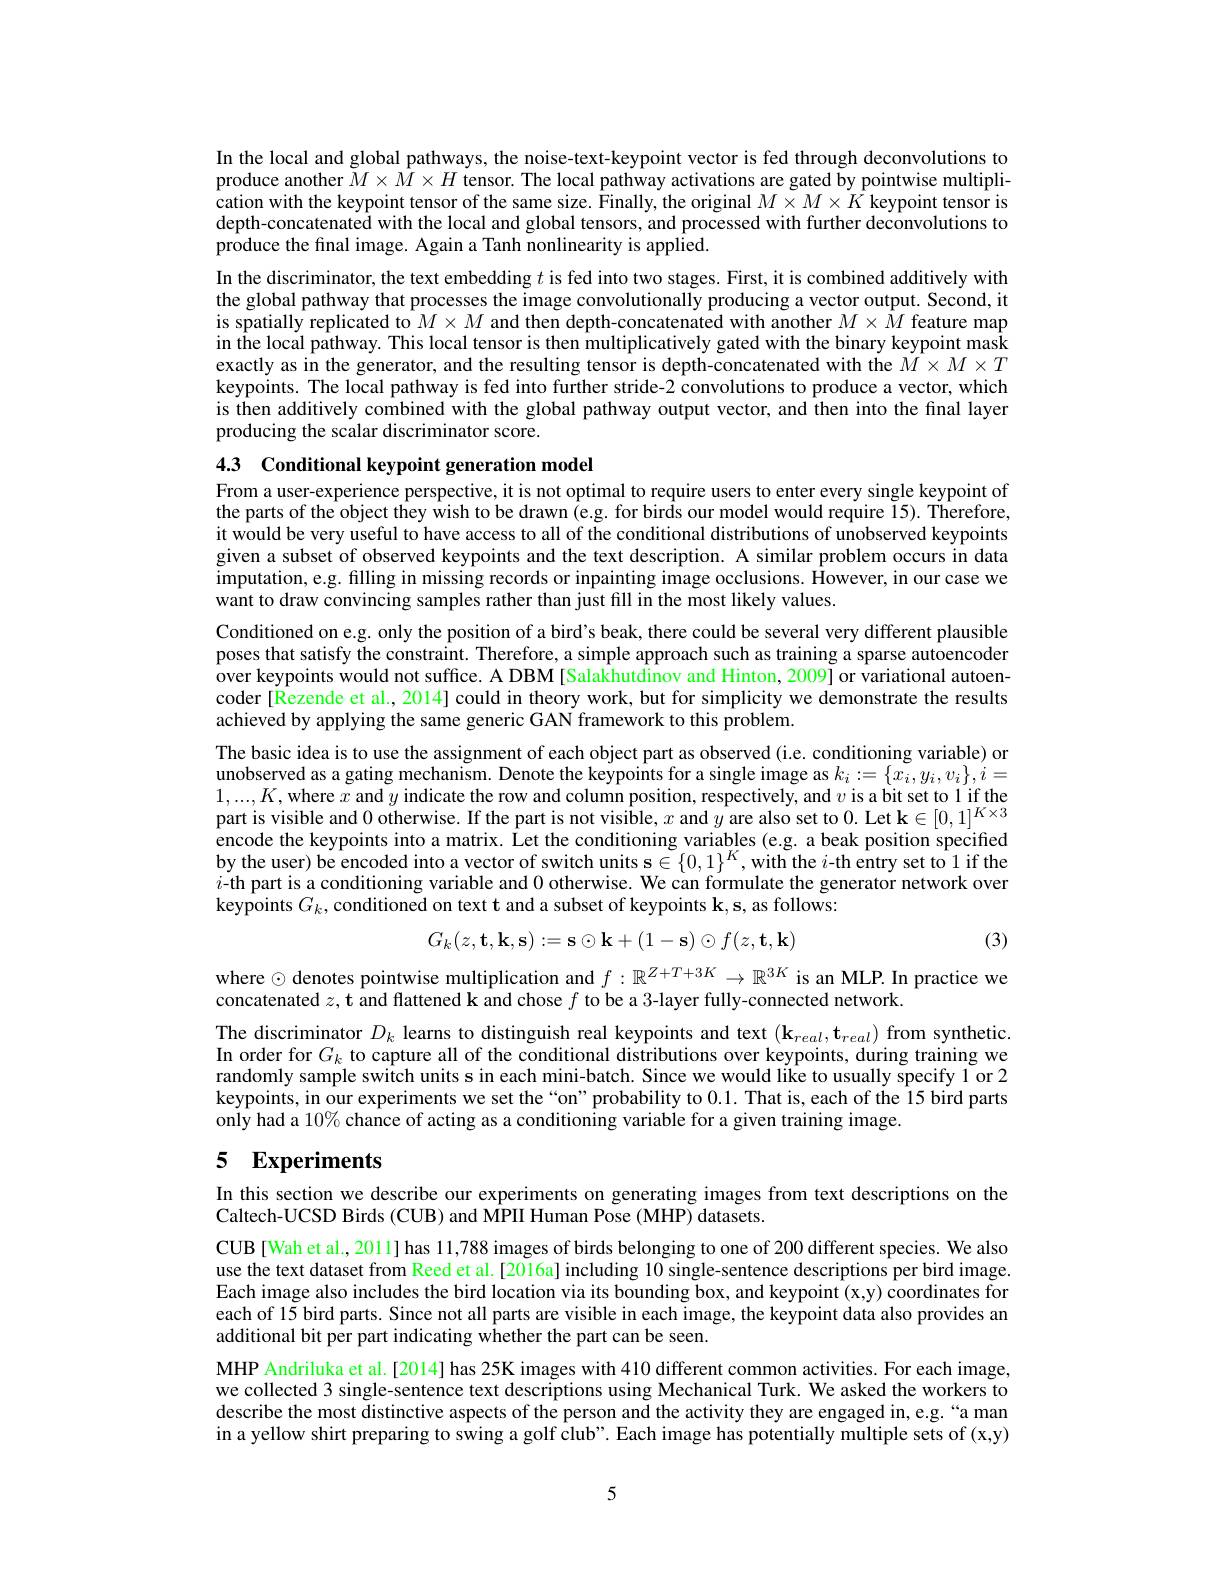
In the local and global pathways, the noise-text-keypoint vector is fed through deconvolutions to produce another $M\times M\times H$ tensor. The local pathway activations are gated by pointwise multiplication with the keypoint tensor of the same size. Finally, the original $M\times M\times K$ keypoint tensor is depth-concatenated with the local and global tensors, and processed with further deconvolutions to produce the final image. Again a Tanh nonlinearity is applied.
In the discriminator, the text embedding $t$ is fed into two stages. First, it is combined additively with the global pathway that processes the image convolutionally producing a vector output. Second, it is spatially replicated to $M\times M$ and then depth-concatenated with another $M\times\hat{M}$ feature map in the local pathway. This local tensor is then multiplicatively gated with the binary keypoint mask exactly as in the generator, and the resulting tensor is depth-concatenated with the $M\times M\times T$ keypoints. The local pathway is fed into further stride-2 convolutions to produce a vector, which is then additively combined with the global pathway output vector, and then into the final layer producing the scalar discriminator score.

4.3 Conditional keypoint generation model

From a user-experience perspective, it is not optimal to require users to enter every single keypoint of the parts of the object they wish to be drawn (e.g. for birds our model would require I5). Therefore, it would be very useful to have access to all of the conditional distributions of unobserved keypoints given a subset of observed keypoints and the text description. A similar problem occurs in data imputation, e.g. filling in missing records or inpainting image occlusions. However, in our case we want to draw convincing samples rather than just fill in the most likely values.
Conditioned on e.g. only the position of a bird's beak, there could be several very different plausible poses that satisfy the constraint. Therefore, a simple approach such as training a sparse autoencoder over keypoints would not suffice. A DBM[Salakhutdinov and Hinton, 2009] or variational autoencoder[Rezende et al., 2014] could in theory work, but for simplicity we demonstrate the results achieved by applying the same generic GAN framework to this problem.
The basic idea is to use the assignment of each object part as observed (i.e. conditioning variable) or unobserved as a gating mechanism. Denote the keypoints for a single image as $k_i:=\{\tilde{x}_i,y_i,v_i\},i=$ $1,...,K$,where $x$ and $y$ indicate the row and column position, respectively, and $v$ is a bit set to 1 if the part is visible and 0 otherwise. If the part is not visible, $x$ and $y$ are also set to 0. Let k$\in[0,1]^K\times3$ encode the keypoints into a matrix. Let the conditioning variables (e.g. a beak position specified by the user) be encoded into a vector of switch units s $\in\{0,1\}^K$,with the $i$-th entry set to 1 if the $i$-th part is a conditioning variable and 0 otherwise. We can formulate the generator network over keypoints $G_k$, conditioned on text t and a subset of keypoints k, s, as follows:
$$G_k(z,\mathbf{t,k,s}):=\mathbf{s}\odot\mathbf{k}+(1-\mathbf{s})\odot f(z,\mathbf{t,k})$$
(3)

where $\odot$ denotes pointwise multiplication and $f:\mathbb{R}^{Z+T+3K}\to\mathbb{R}^{3K}$ is an MLP. In practice we
concatenated $z, \textbf{t and flattened k and chose }f$ to be a 3-layer fully-connected network.

The discriminator $D_k$ learns to distinguish real keypoints and text $(\mathbf{k}_{real},\mathbf{t}_{real})$ from synthetic In order for $G_k$ to capture all of the conditional distributions over keypoints, during training we randomly sample switch units s in each mini-batch. Since we would like to usually specify 1 or 2 keypoints, in our experiments we set the“on”probability to 0.1. That is, each of the 15 bird parts only had a $10\%$ chance of acting as a conditioning variable for a given training image.

# 5 Experiments

In this section we describe our experiments on generating images from text descriptions on the
Caltech-UCSD Birds (CUB) and MPII Human Pose (MHP) datasets.
CUB[Wah et al., 2011] has 11,788 images of birds belonging to one of 200 different species. We also use the text dataset from Reed et al.[2016a] including 10 single-sentence descriptions per bird image. Each image also includes the bird location via its bounding box, and keypoint (x,y) coordinates for each of 15 bird parts. Since not all parts are visible in each image, the keypoint data also provides an additional bit per part indicating whether the part can be seen.
MHP Andriluka et al. [2014] has 25K images with 410 different common activities. For each image, we collected 3 single-sentence text descriptions using Mechanical Turk. We asked the workers to describe the most distinctive aspects of the person and the activity they are engaged in, e.g.“a man in a yellow shirt preparing to swing a golf club". Each image has potentially multiple sets of (x,y)

5